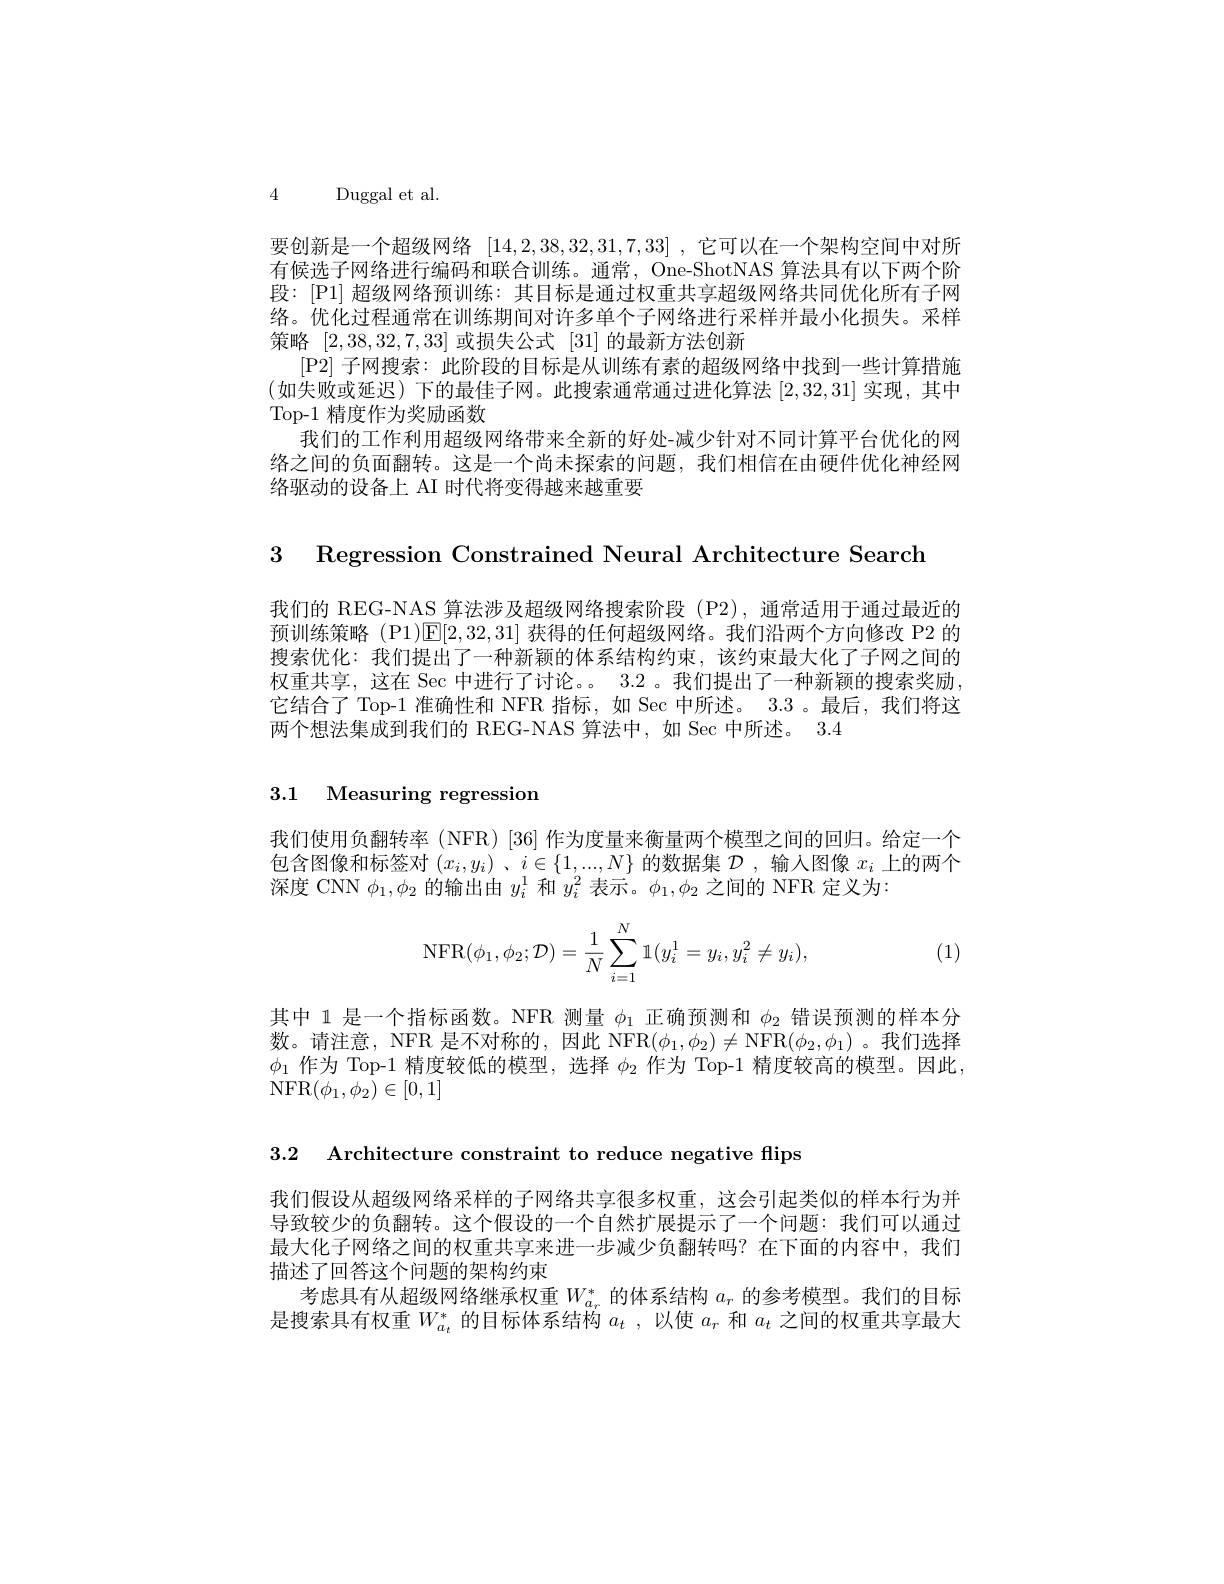
4 Duggal et al.
要创新是一个超级网络[14,2,38,32,31,7,33] ,它可以在一个架构空间中对所有候选子网络进行编码和联合训练。通常，One-ShotNAS 算法具有以下两个阶段：[P1]超级网络预训练：其目标是通过权重共享超级网络共同优化所有子网络。优化过程通常在训练期间对许多单个子网络进行采样并最小化损失。采样策略 [2,38,32,7,33] 或损失公式 [31] 的最新方法创新
[P2] 子网搜索：此阶段的目标是从训练有素的超级网络中找到一些计算措施(如失败或延迟)下的最佳子网。此搜索通常通过进化算法 [2,32,31] 实现 ,其中Top-1 精度作为奖励函数
我们的工作利用超级网络带来全新的好处-减少针对不同计算平台优化的网络之间的负面翻转。这是一个尚未探索的问题，我们相信在由使件优化神经网络驱动的设备上 AI 时代将变得越来越重要

3 Regression Constrained Neural Architecture Search

我们的 REG-NAS 算法涉及超级网络搜索阶段 (P2),通常适用于通过最近的预训练策略 (P1)$\operatorname{E}[2,32,31]$获得的任何超级网络。我们沿两个方向修改 P2 的搜索优化：我们提出了一种新颖的体系结构约束，该约束最大化了子网之间的权重共享，这在 Sec 中进行了讨论。。3.2 。我们提出了一种新颖的搜索奖励. 它结合了 Top-1 准确性和 NFR 指标，如 Sec 中所述。3.3 。最后，我们将这两个想法集成到我们的 REG-NAS 算法中，如 Sec 中所述。3.4

## 3.1 Measuring regression

我们使用负翻转率(NFR)[36]作为度量来衡量两个模型之间的回归。给定一个包含图像和标签对$(x_i,y_i)$ 、$i\in\{1,...,N\}$的数据集$\mathcal{D}$ ,输入图像$x_i$上的两个深度 CNN $\phi_1,\phi_2$的输出由$y_i^1$和$y_i^2$表示。$\phi_1,\phi_2$之间的 NFR 定义为：
$$\mathrm{NFR}(\phi_1,\phi_2;\mathcal{D})=\frac{1}{N}\sum_{i=1}^{N}\mathbb{1}(y_i^1=y_i,y_i^2\neq y_i),$$
(1)

其中 1 是一个指标函数。NFR 测量$\phi_{1}$正确预测和$\phi_{2}$错误预测的样本分数。请注意，NFR 是不对称的，因此 NFR$(\phi_1,\phi_2)\neq$NFR$(\phi_2,\phi_1)$ 。我们选择$\phi_{1}$作为 Top-1 精度较低的模型，选择$\phi_2$作为 Top-1 精度较高的模型。因此， NFR$(\phi_{1},\phi_{2})\in[0,1]$

3.2 Architecture constraint to reduce negative flips

我们假设从超级网络采样的子网络共享很多权重，这会引起类似的样本行为并导致较少的负翻转。这个假设的一个自然扩展提示了一个问题：我们可以通过最大化子网络之间的权重共享来进一步减少负翻转吗？在下面的内容中，我们描述了回答这个问题的架构约束
考虑具有从超级网络继承权重$W_{a_r}^*$的体系结构$a_r$的参考模型。我们的目标是搜索具有权重$W_a_t^*$的目标体系结构$a_t$,以使$a_r$和$a_t$之间的权重共享最大